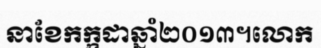
នាខែកក្កដាឆ្នាំ២០១៣។លោក